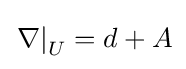
\left.\nabla \right|_{U}=d+A